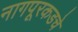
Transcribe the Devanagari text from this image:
नागपूरकडचे